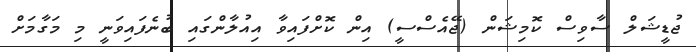
ޖުޑީޝަލް ސާވިސް ކޮމިޝަން (ޖޭއެސްސީ) އިން ކޮށްފައިވާ އިއުލާންގައި ބުނެފައިވަނީ މި މަގާމަށް